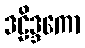
ဒဠိဒ္ဒကော